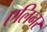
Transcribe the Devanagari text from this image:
एलिनर